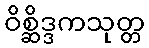
ဝိစ္ဆိဒ္ဒကသုတ္တ